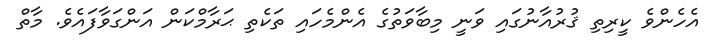
އެހެންވެ ކީރިތި ޤުރުއާނުގައި ވަނީ މިބާވަތުގެ އެންމެހައި ތަކެތި ޙަރާމްކަން އަންގަވާފައެވެ. މާތް